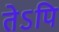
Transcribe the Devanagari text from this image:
तेऽपि